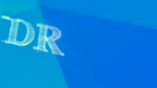
DR.